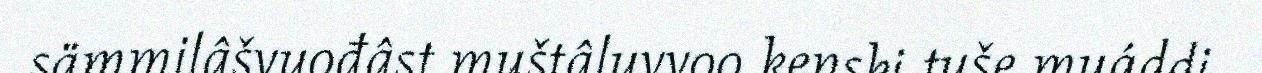
sämmilâšvuođâst muštâluvvoo kenski tuše muáddi